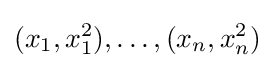
(x_{1},x_{1}^{2}),\dots ,(x_{n},x_{n}^{2})